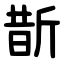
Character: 斮